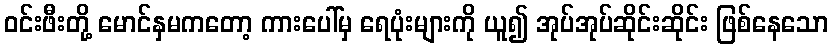
ဝင်းဖီးတို့ မောင်နှမကတော့ ကားပေါ်မှ ရေပုံးများကို ယူ၍ အုပ်အုပ်ဆိုင်းဆိုင်း ဖြစ်နေသော